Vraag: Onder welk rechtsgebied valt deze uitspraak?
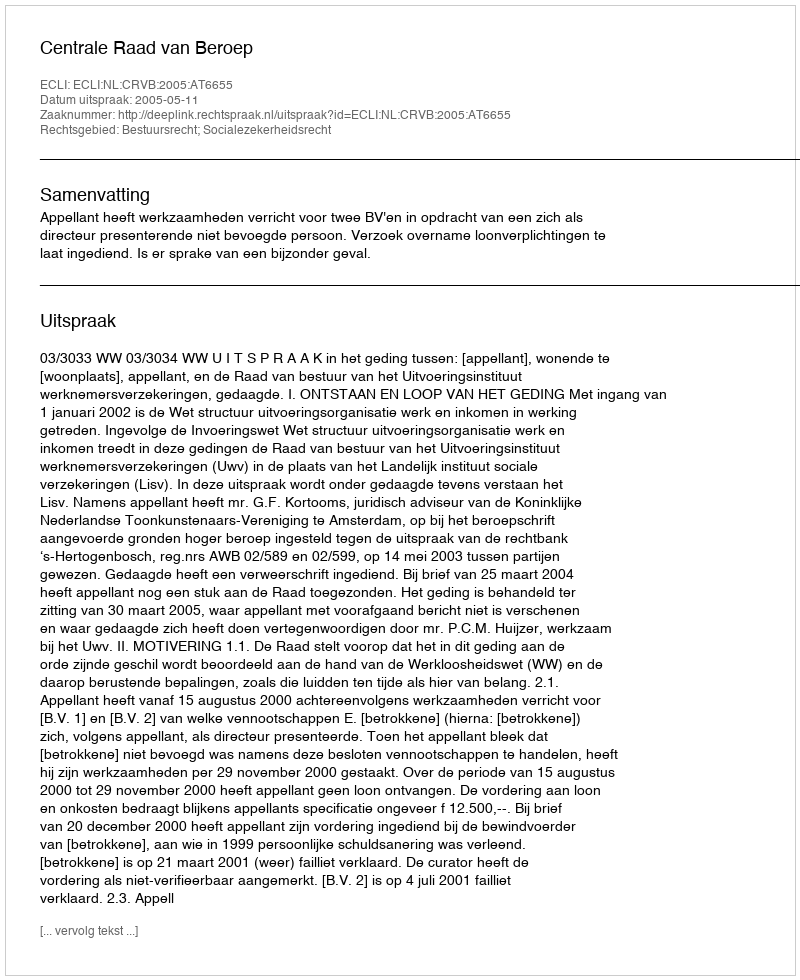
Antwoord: Bestuursrecht; Socialezekerheidsrecht